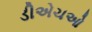
ડીએચઓ